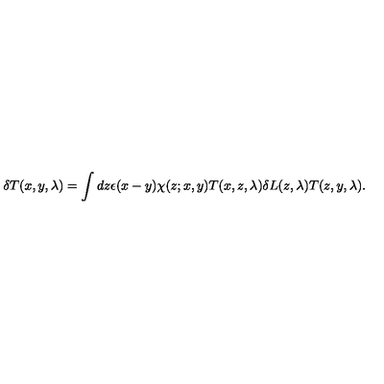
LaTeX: \delta T ( x , y , \lambda ) = \int d z \epsilon ( x - y ) \chi ( z ; x , y ) T ( x , z , \lambda ) \delta L ( z , \lambda ) T ( z , y , \lambda ) .